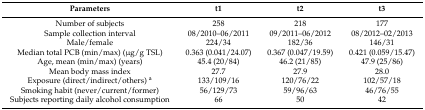
<table><thead><tr><td><b>Parameters</b></td><td><b>t1</b></td><td><b>t2</b></td><td><b>t3</b></td></tr></thead><tbody><tr><td>Number of subjects</td><td>258</td><td>218</td><td>177</td></tr><tr><td>Sample collection interval</td><td>08/2010–06/2011</td><td>09/2011–06/2012</td><td>08/2012–02/2013</td></tr><tr><td>Male/female</td><td>224/34</td><td>182/36</td><td>146/31</td></tr><tr><td>Median total PCB (min/max) (μg/g TSL)</td><td>0.363 (0.041/24.07)</td><td>0.367 (0.047/19.59)</td><td>0.421 (0.059/15.47)</td></tr><tr><td>Age, mean (min/max) (years)</td><td>45.4 (20/84)</td><td>46.2 (21/85)</td><td>47.9 (25/86)</td></tr><tr><td>Mean body mass index</td><td>27.7</td><td>27.9</td><td>28.0</td></tr><tr><td>Exposure (direct/indirect/others) <sup>a</sup></td><td>133/109/16</td><td>120/76/22</td><td>102/57/18</td></tr><tr><td>Smoking habit (never/current/former)</td><td>56/129/73</td><td>59/96/63</td><td>46/76/55</td></tr><tr><td>Subjects reporting daily alcohol consumption</td><td>66</td><td>50</td><td>42</td></tr></tbody></table>